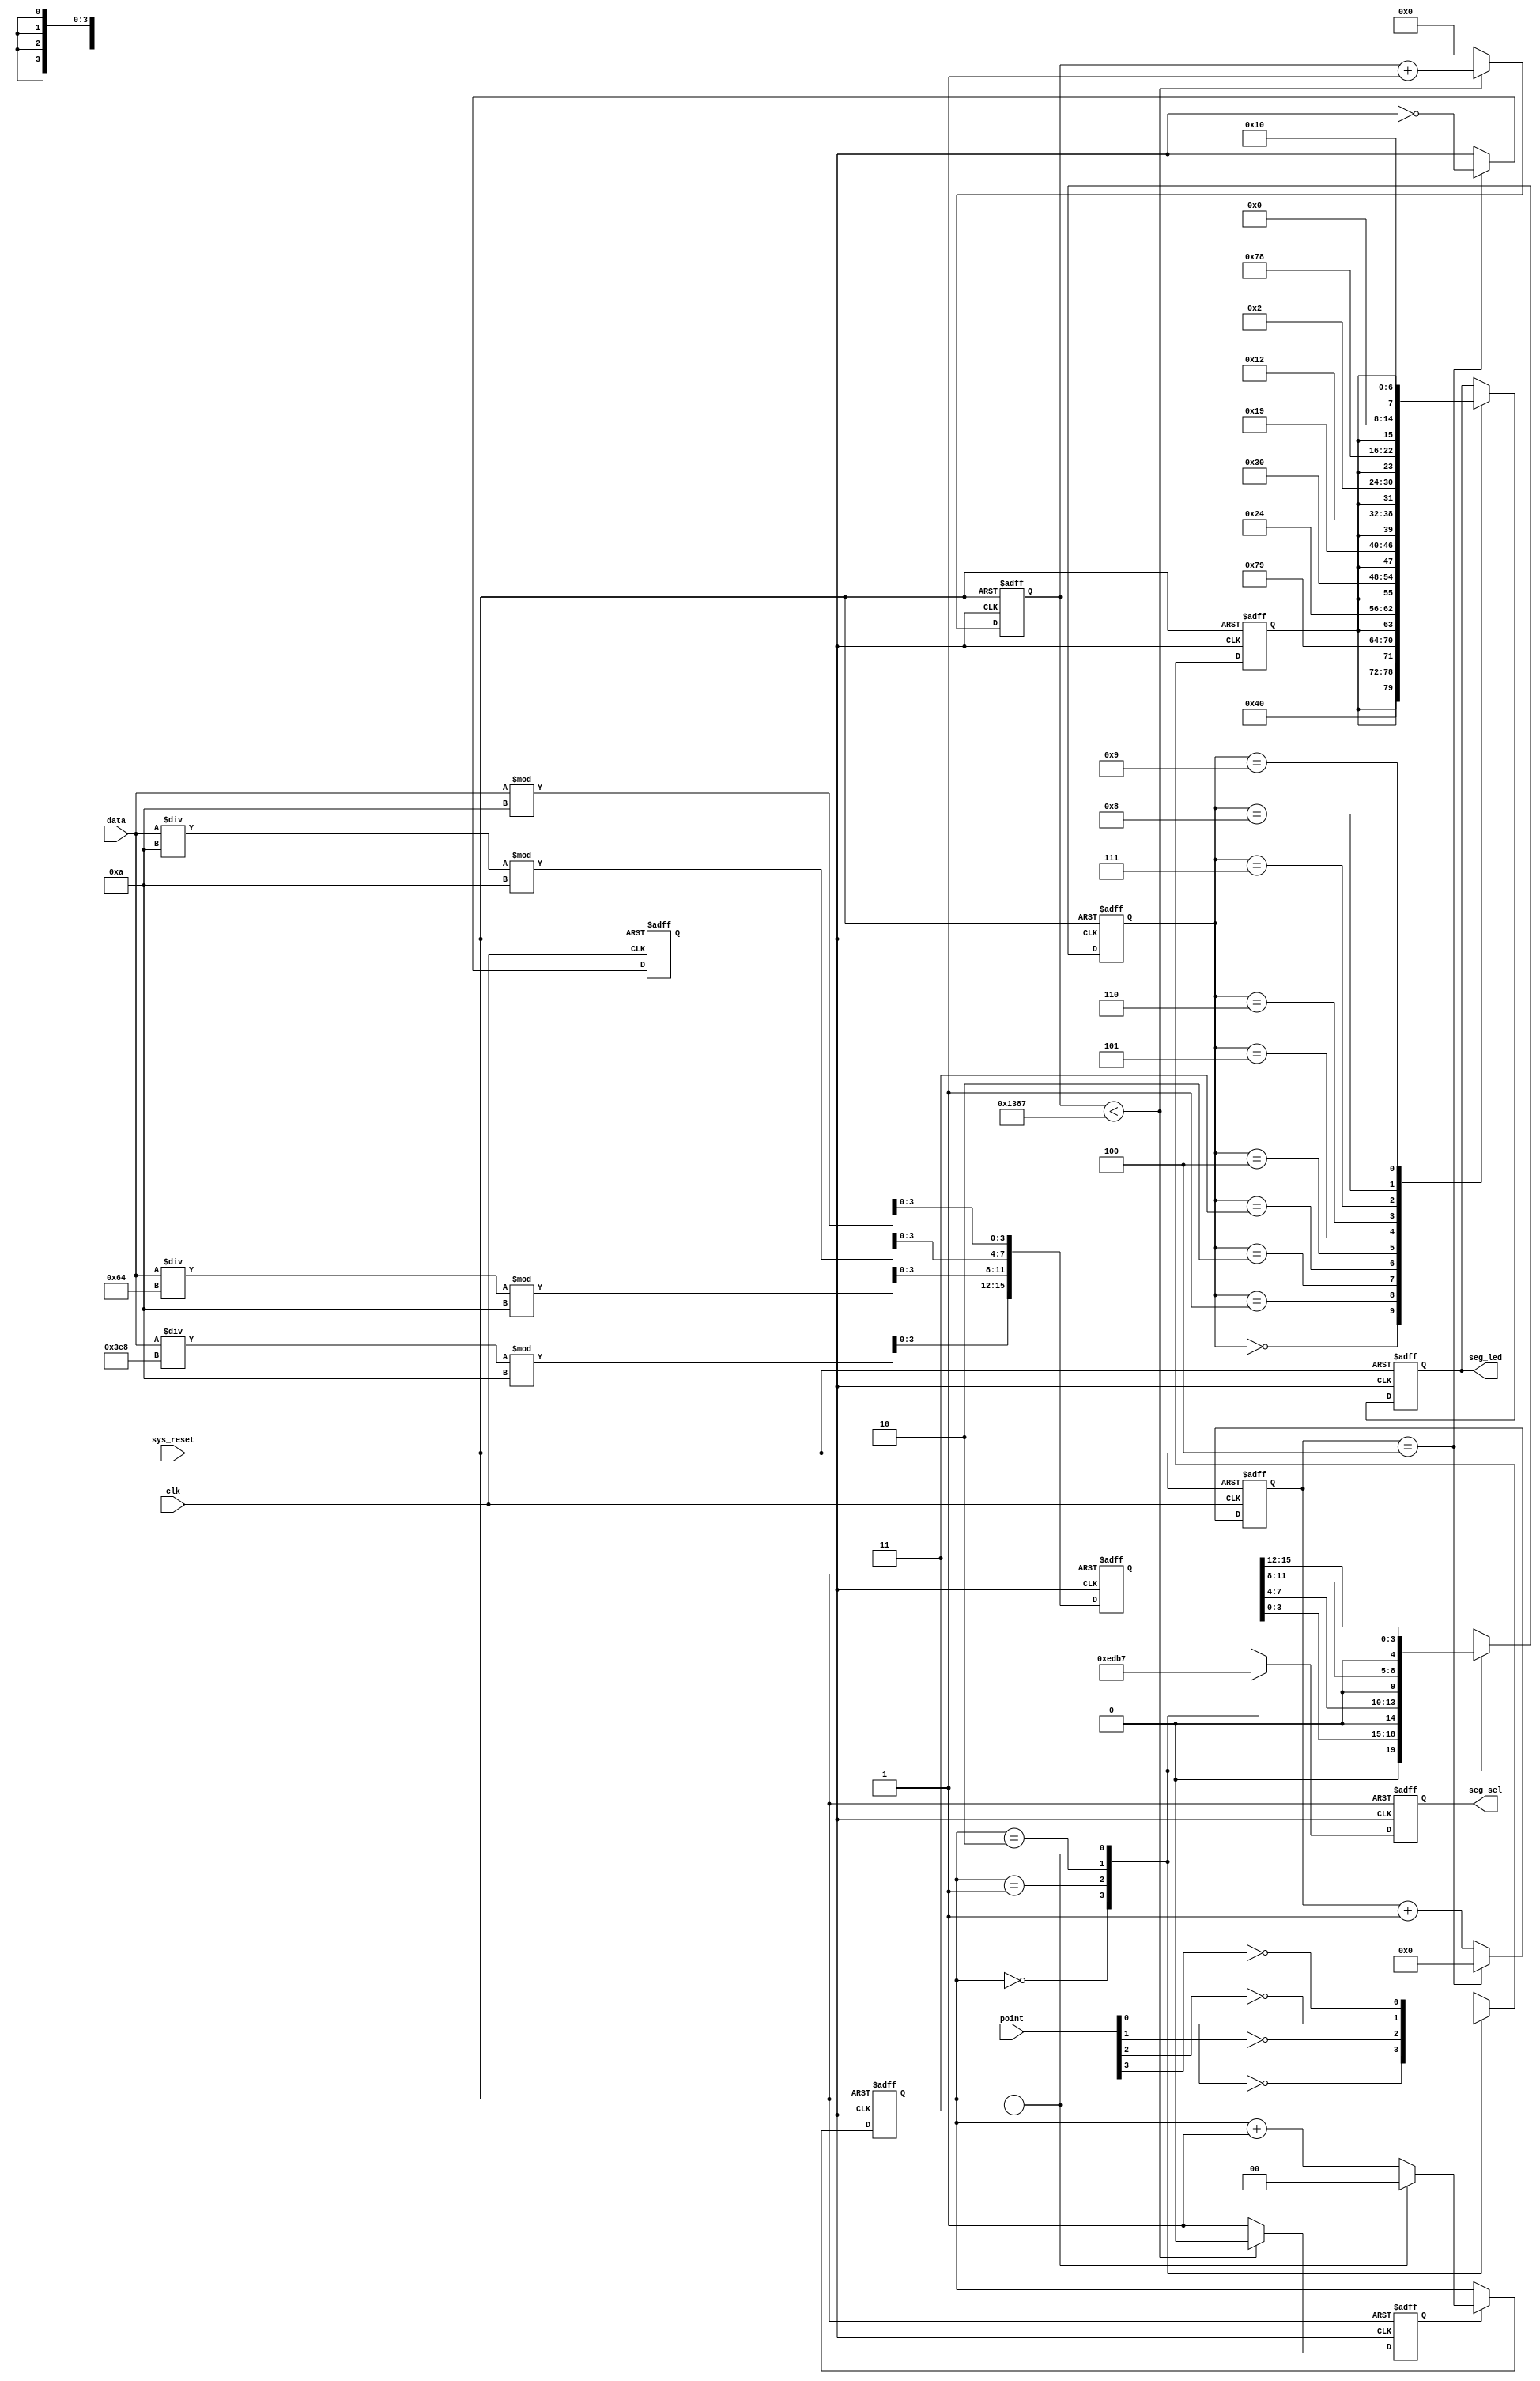

//
module seg
(
	input clk, // 50MHz
	input sys_reset, //
	input  [15:0] data, //0~9999
	input 	[3:0] point,  //4
	output reg [3:0] seg_sel,  //
	output reg [7:0] seg_led   //
);

localparam  CLK_DIVIDE = 4'd10     ;        // 
localparam  MAX_NUM    = 13'd5000  ;        // (5MHz)1ms

reg [3:0] clk_cnt;  //
reg  dri_clk;      // 
reg [15:0] num;    //48421BCD
reg [12:0]       cnt0;        // 
reg               flag;        // cnt01ms
reg [4:0] num_disp;    //
reg  point_disp;  //
reg [1:0]    cnt_sel; //4

wire [3:0] data0;   //
wire [3:0] data1;   //
wire [3:0] data2;   //
wire [3:0] data3;   //

assign  data0 = data % 4'd10;  //
assign  data1 = data /4'd10 % 4'd10; //
assign  data2 = data /7'd100%4'd10; //
assign  data3 = data /10'd1000%4'd10; //

//105MHzdri_clk
always @(posedge clk or negedge sys_reset) 
	begin
   if(!sys_reset) 
		begin
       clk_cnt <= 4'd0;
       dri_clk <= 1'b1;
		end
   else if(clk_cnt == CLK_DIVIDE/2 - 1'd1) 
		begin
       clk_cnt <= 4'd0;
       dri_clk <= ~dri_clk;
		end
   else 
		begin
       clk_cnt <= clk_cnt + 1'b1;
       dri_clk <= dri_clk;
		end
end

//168421BCD
always @(posedge dri_clk or negedge sys_reset)
	begin
		if(!sys_reset)
		begin
			num<=16'd0;
		end
		else
		begin
		num[15:12]<=data3;
		num[11:8]<=data2;
		num[7:4]<=data1;
		num[3:0]<=data0;
		end
	end
//1ms
always @(posedge dri_clk or negedge sys_reset)
	begin
		if(!sys_reset)
			begin
			cnt0<=13'b0;
			flag<=1'b0;
			end
		else if (cnt0 < MAX_NUM - 1'b1) 
			begin
        cnt0 <= cnt0 + 1'b1;
        flag <= 1'b0;
			end
		else 
		begin
        cnt0 <= 13'b0;
        flag <= 1'b1;
		end
	end
//
always @(posedge dri_clk or negedge sys_reset)
	begin
		if(!sys_reset)
			begin
			 cnt_sel<=2'b0;
			end 
		else	if(flag)
			begin
				if(cnt_sel==2'b11)
					begin
						cnt_sel<=2'b00;
					end
				else
					begin
						cnt_sel<=cnt_sel+1'b1;
					end
			end
		else
			begin
				cnt_sel<=cnt_sel;
			end
	end
//
always @(posedge dri_clk or negedge sys_reset)
	begin
		if(!sys_reset)
			begin
			 seg_sel=4'b1111;   //
			 num_disp<=4'b0000;  //0
			 point_disp<=1'b1;
			end 
		else
			begin
				case (cnt_sel)
					2'd0:
					begin
						seg_sel  <= 4'b1110;  //
						num_disp <= num[3:0];  //
						point_disp <= ~point[0];  //
					end
					2'd1:
					begin
						seg_sel  <= 4'b1101;  //1
						num_disp <= num[7:4];  //
						point_disp <= ~point[1];  //
					end
					2'd2:
					begin
						seg_sel  <= 4'b1011;  //
						num_disp <= num[11:8] ;  //
						point_disp <= ~point[2];  //
					end
					2'd3:
					begin
						seg_sel  <= 4'b0111;  //
						num_disp <= num[15:12] ;  //
						point_disp <= ~point[3];  //
					end
				endcase
		end
	end
//
always @(posedge dri_clk or negedge sys_reset)
	begin
		if(!sys_reset)
			begin
				seg_led <= 8'b1111_1111;
			end
		else
			begin
				case (num_disp)
					4'd0 : seg_led <= {point_disp,7'b1000000}; // 0
					4'd1 : seg_led <= {point_disp,7'b1111001}; // 1
					4'd2 : seg_led <= {point_disp,7'b0100100}; // 2
					4'd3 : seg_led <= {point_disp,7'b0110000}; // 3
					4'd4 : seg_led <= {point_disp,7'b0011001}; // 4
					4'd5 : seg_led <= {point_disp,7'b0010010}; // 5
					4'd6 : seg_led <= {point_disp,7'b0000010}; // 6
					4'd7 : seg_led <= {point_disp,7'b1111000}; // 7
					4'd8 : seg_led <= {point_disp,7'b0000000}; // 8
					4'd9 : seg_led <= {point_disp,7'b0010000}; // 9
				endcase
			end
	end
endmodule